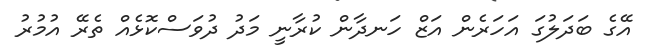
އޭގެ ބަދަލުގަ އަހަރެން އަޒް ހަނދާން ކުރާނީ މަދު ދުވަސްކޮޅެއް ތެރޭ އުމުރު